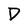
Character: D